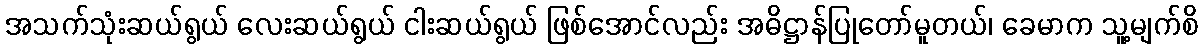
အသက်သုံးဆယ်ရွယ် လေးဆယ်ရွယ် ငါးဆယ်ရွယ် ဖြစ်အောင်လည်း အဓိဋ္ဌာန်ပြုတော်မူတယ်၊ ခေမာက သူ့မျက်စိ